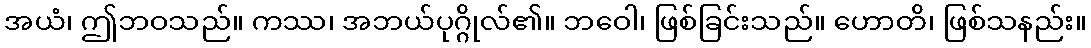
အယံ၊ ဤဘဝသည်။ ကဿ၊ အဘယ်ပုဂ္ဂိုလ်၏။ ဘဝေါ၊ ဖြစ်ခြင်းသည်။ ဟောတိ၊ ဖြစ်သနည်း။